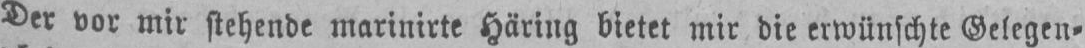
Der vor mir stehende marinirte Häring bietet mir die erwünschte Gelegen⸗